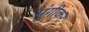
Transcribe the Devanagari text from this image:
मुंगीकर